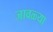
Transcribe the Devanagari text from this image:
जावळ्या